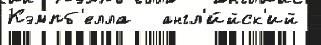
Кэмпб'елла   англ'и́йск'ий